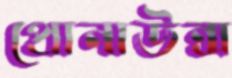
প্রোনাউন্স